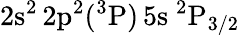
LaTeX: \mathrm{2s^{2}\, 2p^{2}(^{3}P)\, 5s~^{2}P_{3/2}}